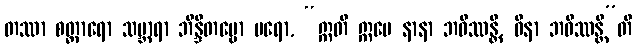
တဿာ စတ္တာရော သမ္ဘာရာ ဘိန္ဒိတဗ္ဗော ပရော, “ဣတိ ဣမေ နာနာ ဘဝိဿန္တိ, ဝိနာ ဘဝိဿန္တီ”တိ